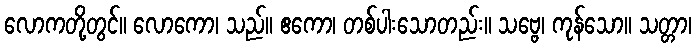
လောကတို့တွင်။ လောကော၊ သည်။ ဧကော၊ တစ်ပါးသောတည်း။ သဗ္ဗေ၊ ကုန်သော။ သတ္တာ၊